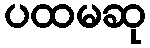
ပထမဆု